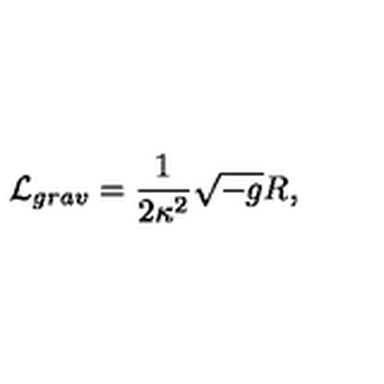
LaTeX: { \cal L } _ { g r a v } = \frac 1 { 2 \kappa ^ { 2 } } \sqrt { - g } R ,